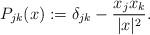
LaTeX: \begin{align*}P_{jk}(x):= \delta_{jk} - \frac{x_jx_k}{|x|^2}.\end{align*}